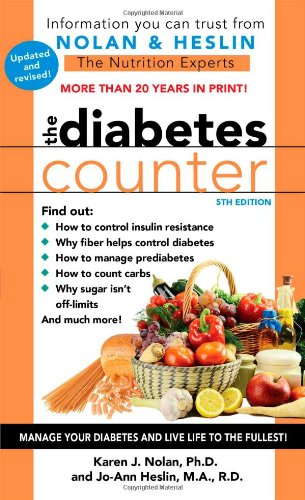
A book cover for The Diabetes Counter, 5th Edition; Ph.D. Karen J Nolan Ph.D.; Health, Fitness & Dieting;